Civil Veterinary Department. United Provinces 1923-31 - 1923-1931
Year: 1923
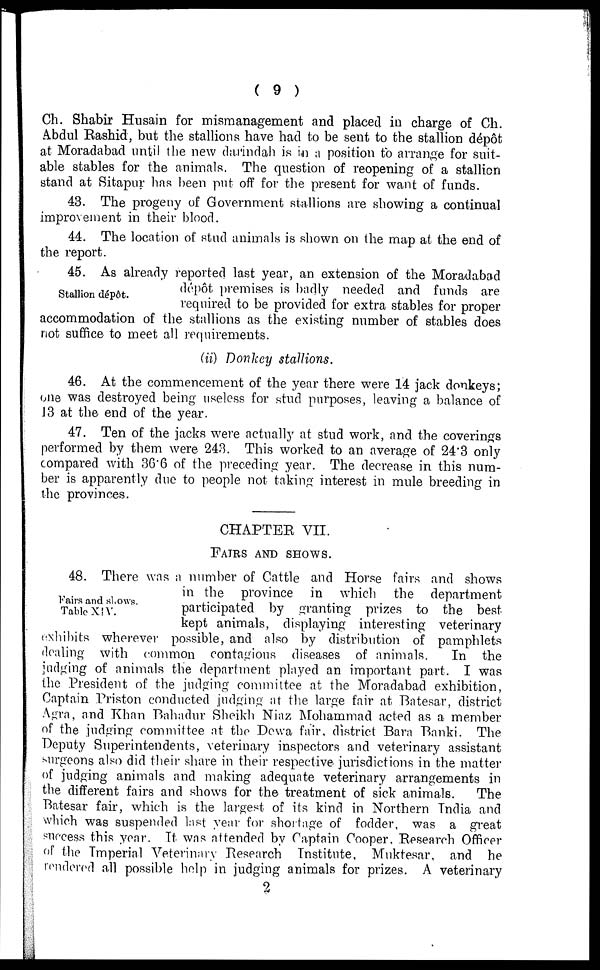
(9)
Ch. Shabir Husain for mismanagement and placed in charge of Ch.
Abdul Rashid, but the stallions have had to be sent to the stallion dépôt
at Moradabad until the new darindah is in a position to arrange for suit-
able stables for the animals. The question of reopening of a stallion
stand at Sitapur has been put off for the present for want of funds.
43. The progeny of Government stallions are showing a continual
improvement in their blood.
44. The location of stud animals is shown on the map at the end of
the report.
Stallion dépôt.
45. As already reported last year, an extension of the Moradabad
depot premises is badly needed and funds are
required to be provided for extra stables for proper
accommodation of the stallions as the existing number of stables does
not suffice to meet all requirements.
(ii) Donkey stallions.
46. At the commencement of the year there were 14 jack donkeys;
one was destroyed being useless for stud purposes, leaving a balance of
13 at the end of the year.
47. Ten of the jacks were actually at stud work, and the coverings
performed by them were 243. This worked to an average of 24.3 only
compared with 36'6 of the preceding year. The decrease in this num-
ber is apparently due to people not taking interest in mule breeding in
the provinces.
CHAPTER VII.
FATES AND SHOWS.
Fairs and shows.
Table XIV.
48. There was a number of Cattle and Horse fairs and shows
in the province in which the department
participated by granting prizes to the best
kept animals, displaying interesting veterinary
exhibits wherever possible, and also by distribution of pamphlets
dealing with common contagious diseases of animals.
In the
judging of animals the department played an important part. I was
the President of the judging committee at the Moradabad exhibition,
Captain Priston conducted judging at the large fair at Batesar, district
Agra, and Khan Bahadur Sheikh Niaz Mohammad acted as a member
of the judging committee at the Dewa fair, district Barn Banki. The
Deputy Superintendents, veterinary inspectors and veterinary assistant
surgeons also did their share in their respective jurisdictions in the matter
of judging animals and making adequate veterinary arrangements in
the different fairs and shows for the treatment of sick animals.
The
Batesar fair, which is the largest of its kind in Northern India and
which was suspended last year for shortage of fodder, was a great
success this year. It was attended by Captain Cooper. Research Officer
of the Imperial Veterinary Research Institute, Muktesar, and he
rendered all possible help in judging animals for prizes. A veterinary
2